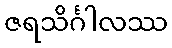
ဇရသိင်္ဂါလဿ